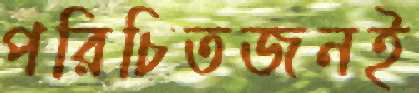
পরিচিতজনই